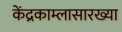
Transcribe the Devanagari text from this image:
केंद्रकाम्लासारख्या